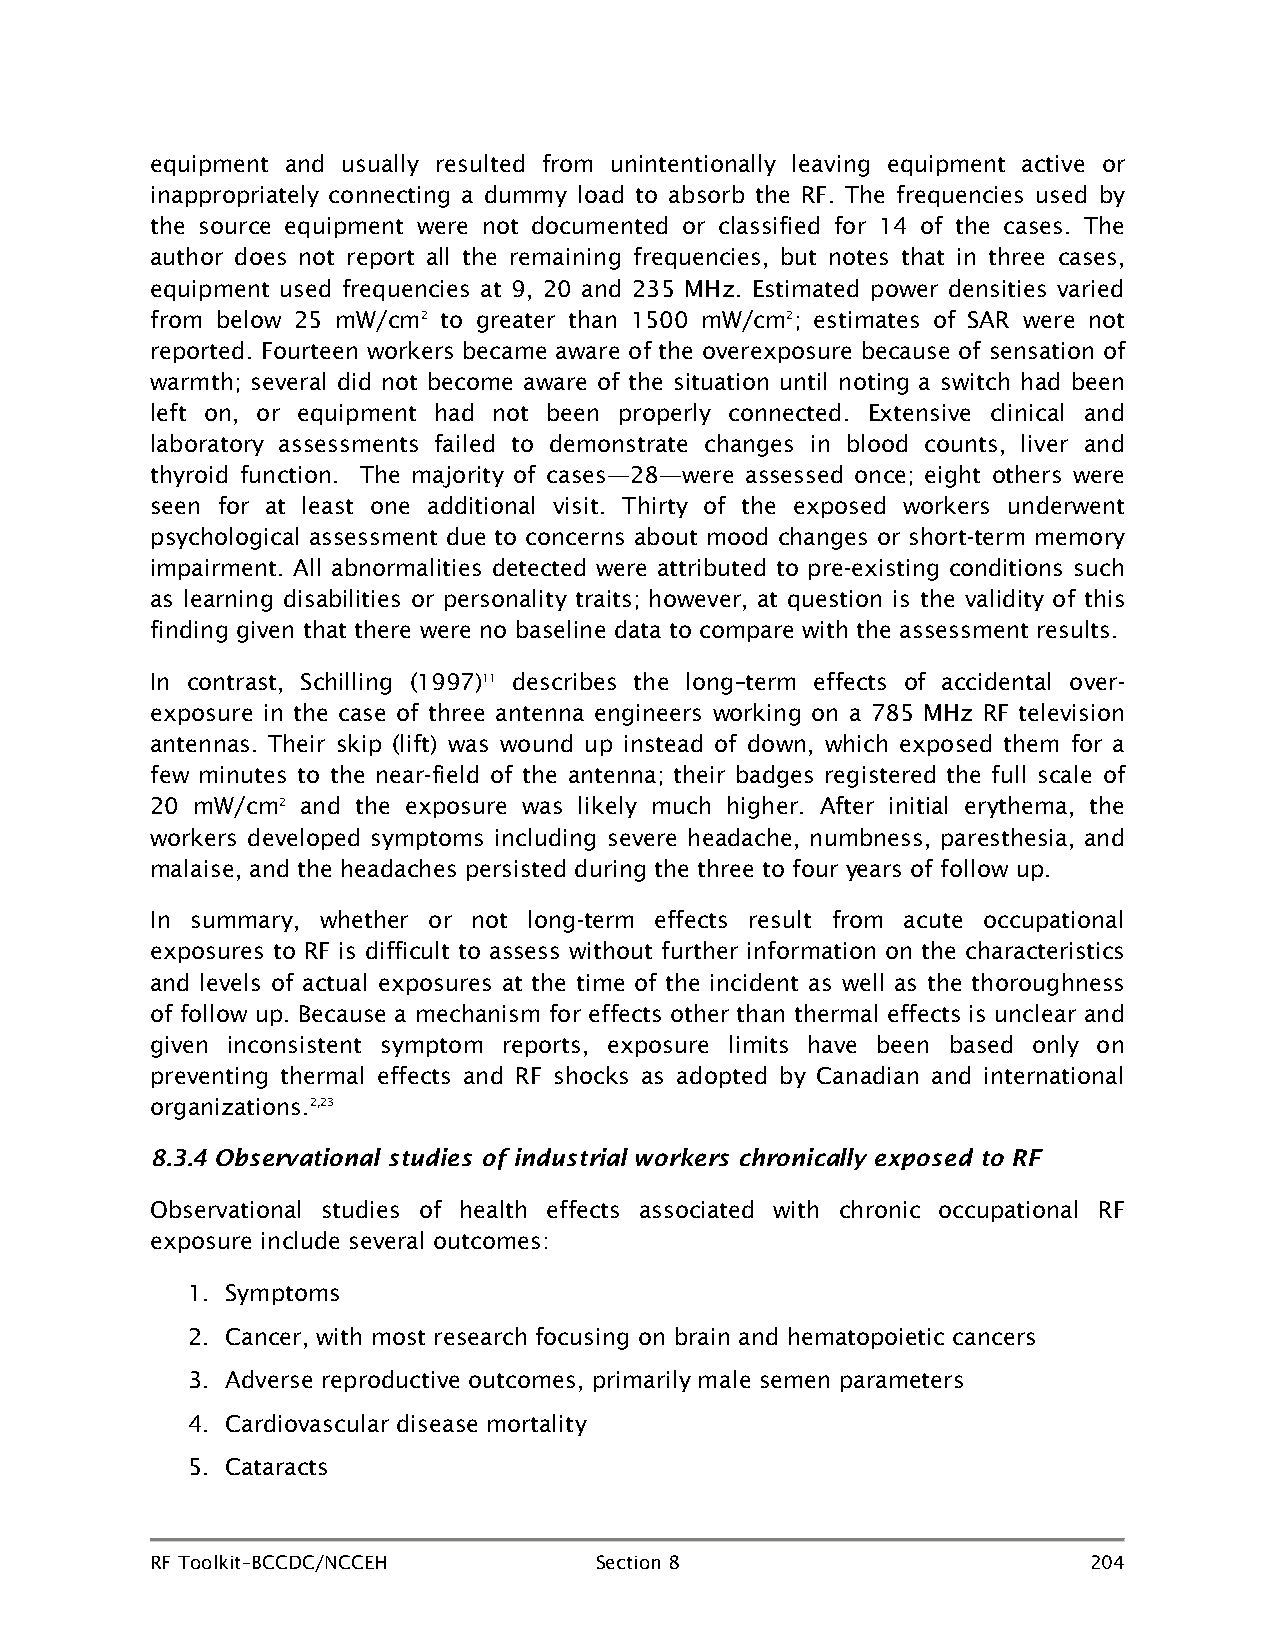
equipment and usually resulted from unintentionally leaving equipment active or
 inappropriately connecting a dummy load to absorb the RF. The frequencies used by
 the source equipment were not documented or classified for 14 of the cases. The
 author does not report all the remaining frequencies, but notes that in three cases,
 equipment used frequencies at 9, 20 and 235 MHz. Estimated power densities varied
 from below 25 mW/cm2 to greater than 1500 mW/cm2; estimates of SAR were not
 reported. Fourteen workers became aware of the overexposure because of sensation of
 warmth; several did not become aware of the situation until noting a switch had been
 left on, or equipment had not been properly connected. Extensive clinical and
 laboratory assessments failed to demonstrate changes in blood counts, liver and
 thyroid function. The majority of cases—28—were assessed once; eight others were
 seen for at least one additional visit. Thirty of the exposed workers underwent
 psychological assessment due to concerns about mood changes or short-term memory
 impairment. All abnormalities detected were attributed to pre-existing conditions such
 as learning disabilities or personality traits; however, at question is the validity of this
 finding given that there were no baseline data to compare with the assessment results.
 In contrast, Schilling (1997)11 describes the long–term effects of accidental over-
 exposure in the case of three antenna engineers working on a 785 MHz RF television
 antennas. Their skip (lift) was wound up instead of down, which exposed them for a
 few minutes to the near-field of the antenna; their badges registered the full scale of
 20 mW/cm2 and the exposure was likely much higher. After initial erythema, the
 workers developed symptoms including severe headache, numbness, paresthesia, and
 malaise, and the headaches persisted during the three to four years of follow up.
 In summary, whether or not long-term effects result from acute occupational
 exposures to RF is difficult to assess without further information on the characteristics
 and levels of actual exposures at the time of the incident as well as the thoroughness
 of follow up. Because a mechanism for effects other than thermal effects is unclear and
 given inconsistent symptom reports, exposure limits have been based only on
 preventing thermal effects and RF shocks as adopted by Canadian and international
 organizations.2,23
 8.3.4 Observational studies of industrial workers chronically exposed to RF
 Observational studies of health effects associated with chronic occupational RF
 exposure include several outcomes:
 1. Symptoms
 2. Cancer, with most research focusing on brain and hematopoietic cancers
 3. Adverse reproductive outcomes, primarily male semen parameters
 4. Cardiovascular disease mortality
 5. Cataracts
 RF Toolkit–BCCDC/NCCEH       Section 8                        204